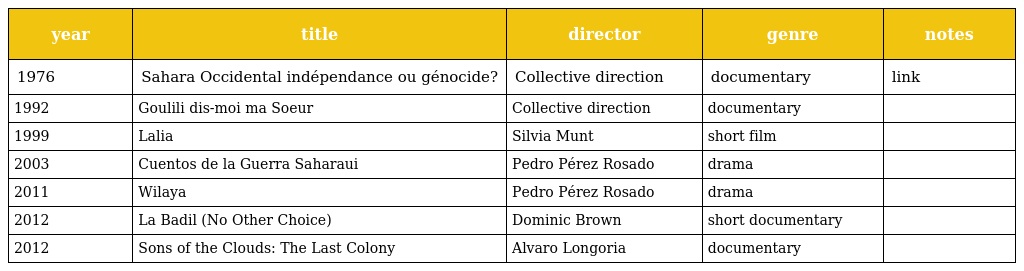
| year | title | director | genre | notes |
 | --- | --- | --- | --- | --- |
 | 1976 | Sahara Occidental indépendance ou génocide? | Collective direction | documentary | link |
 | 1992 | Goulili dis-moi ma Soeur | Collective direction | documentary |  |
 | 1999 | Lalia | Silvia Munt | short film |  |
 | 2003 | Cuentos de la Guerra Saharaui | Pedro Pérez Rosado | drama |  |
 | 2011 | Wilaya | Pedro Pérez Rosado | drama |  |
 | 2012 | La Badil (No Other Choice) | Dominic Brown | short documentary |  |
 | 2012 | Sons of the Clouds: The Last Colony | Alvaro Longoria | documentary |  |